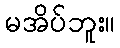
မအိပ်ဘူး။